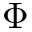
\Phi